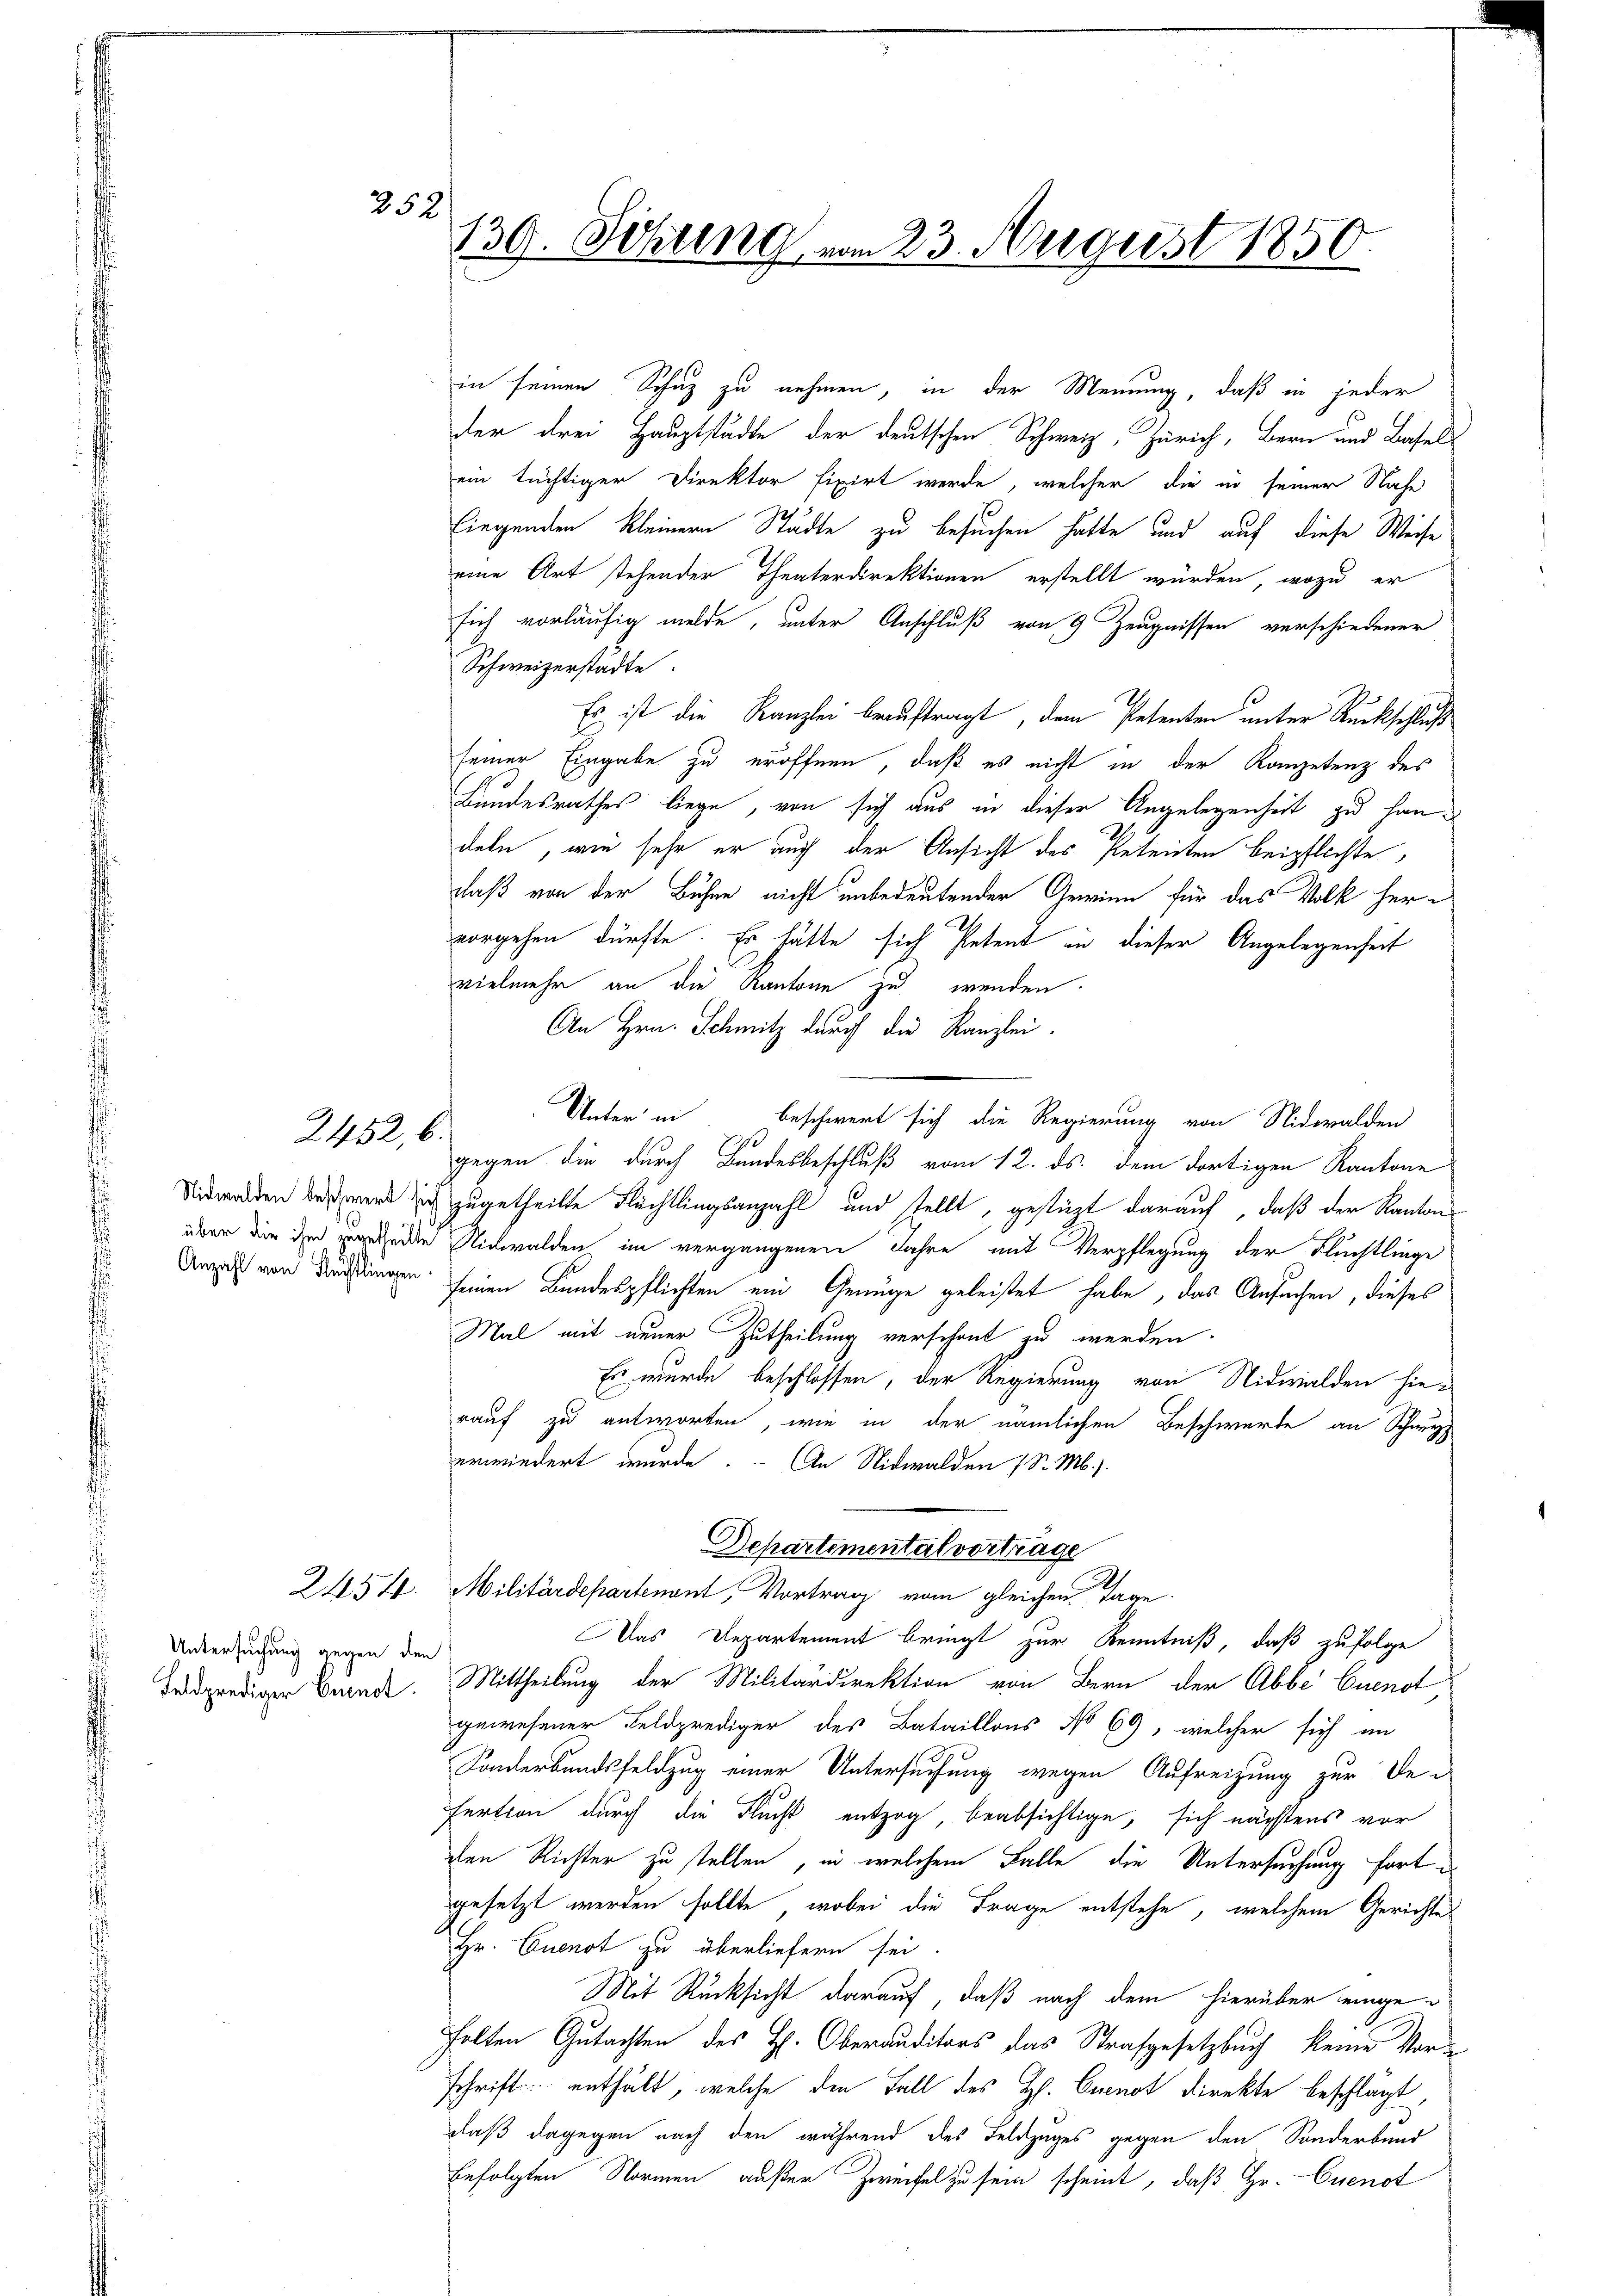
2452, 6.

Anzahl von Flechtlingen.

2454.

Untersuchung gegen den
Feldprediger Benot.

252

139. Schtung vom 23. August 1850.
e

in seinen Schuz zu nehmen, in der Meinung, daß in jeder
der drei Hauptstädte der deutschen Schweiz, Zürich, Bern und Basels
ein tüchtiger Direktor fixirt werde, welcher die in seiner Nahe
liegenden kleiner Städte zu besuchen hatte und auf diese Weise
eine Art stehender Theaterdirektionen erstellt würden, wozu er
sich vorläufig melde, unter Anschluß von 9 Zeugnissen verschiedener
Schweizerstadte.
Es ist die Kanzlei beauftragt, dem Petenten unter Rückschluß
seiner Eingabe zu eröffnen, daß es nicht in der Kompetenz des
Landesrathes liege, von sich aus in dieser Angelegenheit zu handeln, wie sehr er auch der Ansicht des Petenten beipflichte,
daß von der Bühne nicht unbedeutender Gewinn für das Volk hervorgehen dürfte. Er hätte sich Petent in dieser Angelegenheit
vielmehr an die Kantone zu wenden.
An Hrn. Schmitz durch die Kanzlei.
a
gegen die durch Bundesbeschluß vom 12. ds. dem dortigen Kantone
Nidwalden des et sich zugetheilte Flächtlingsanzahl und stellt, gestüzt darauf, daß der Kanton
über die in werden Nidwalden im vergangenen Jahre mit Verpflegung der Flüchtlinge
seinen Bundespflichten ein Genüge geleistet habe, das Ansuchen, dieses
Mal mit neuer Zutheilung verschont zu werden.
Es wurde beschlossen, der Regierung von Nidwalden hie-
rauf zu antworten, wie in der nämlichen Beschwerde an Schwyz
erwiedert wurde. - An Nidwalden (S. M.)
Departemental vortrage
Militärdepartenant, Vortrag vom gleichen Tage
Das Departement bringt zur Kenntniß, daß zufolge
Mittheilung der Militärdirektion von Bern der Abbe Quenot
gewesener Feldprediger des Bataillons No 69, welcher sich an
Sonderbundsfeldzug einer Untersuchung wegen Aufreizung zur De-
fertion durch die Flucht entzog, beabsichtige, sich nächtens vor
den Richter zu stellen, in welchem Falle die Untersuchung fort e
gesetzt werden sollte, wobei die Frage entstehe, welchem Gerichte
Hr. Cuenot zu überliefern sei.
Mit Rücksicht darauf, daß nach dem hierüber eingeholten Gutachten des H. Oberauditors das Strafgesetzbuch keine Vorschrift enthält, welche den Fall des Hs. Curnot Direkte beschlägt
Daß dagegen nach den während des Feldzuges gegen den Sonderbund
befolgten Normen außer Zweifel zu sein scheint, daß Hr. Cuenot

Unter in beschwert sich die Regierung von Nidwalden